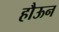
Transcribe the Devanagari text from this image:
हौऊन